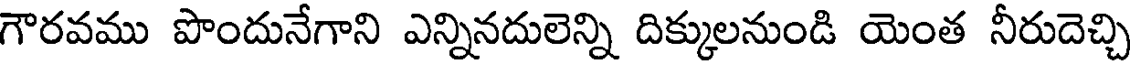
గౌరవము పొందునేగాని ఎన్నినదులెన్ని దిక్కులనుండి యెంత నీరుదెచ్చి